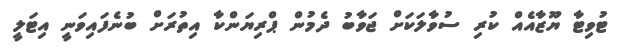
ޓުވިޓާ ޔޫޒާއެއް ކުރި ސުވާލަކަށް ޖަވާބު ދެމުން ޕްރިޔަންކާ އިތުރަށް ބުނެފައިވަނީ އިޓަލީ